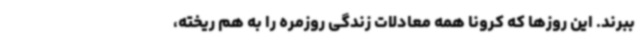
ببرند. این روزها که کرونا همه معادلات زندگی روزمره را به هم ریخته،